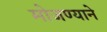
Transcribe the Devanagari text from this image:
मोजण्याने